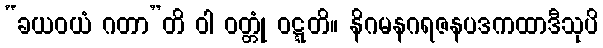
“ခယဝယံ ဂတာ”တိ ဝါ ဝတ္တုံ ဝဋ္ဋတိ။ နိဂမနဂရဇနပဒကထာဒီသုပိ